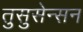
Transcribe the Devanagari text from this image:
तुसुसेन्सन